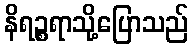
နိရဉ္စရာသို့ပြောသည်